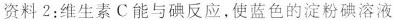
资料2：维生素C能与碘反应，使蓝色的淀粉碘溶液